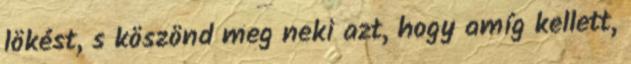
lökést, s köszönd meg neki azt, hogy amíg kellett,